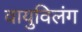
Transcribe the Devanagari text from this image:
वायुविलंग